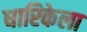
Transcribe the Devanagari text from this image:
धारिकेला